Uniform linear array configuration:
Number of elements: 12
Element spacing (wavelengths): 0.75
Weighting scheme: blackman
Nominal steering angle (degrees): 45
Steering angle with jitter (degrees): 44.394
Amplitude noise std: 0.05
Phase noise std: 0.05

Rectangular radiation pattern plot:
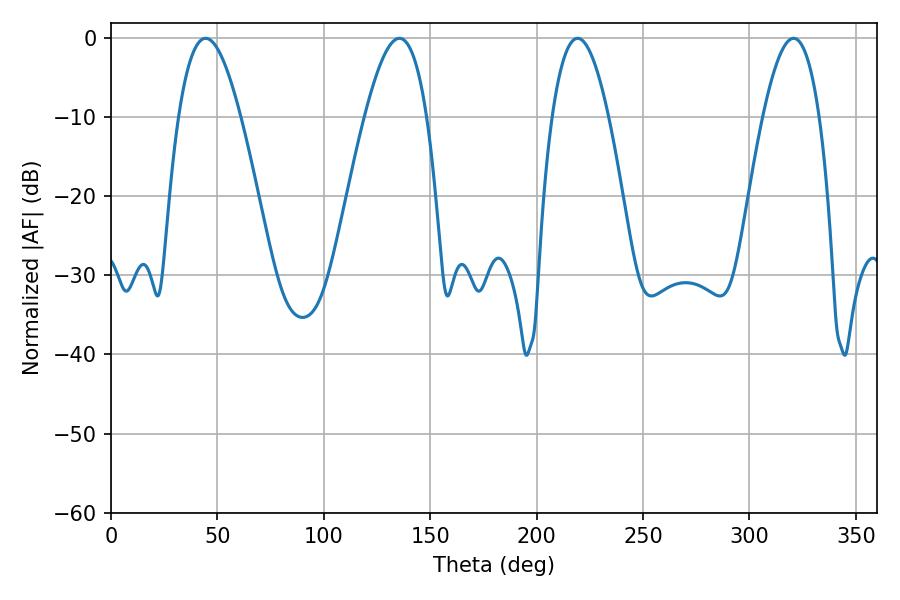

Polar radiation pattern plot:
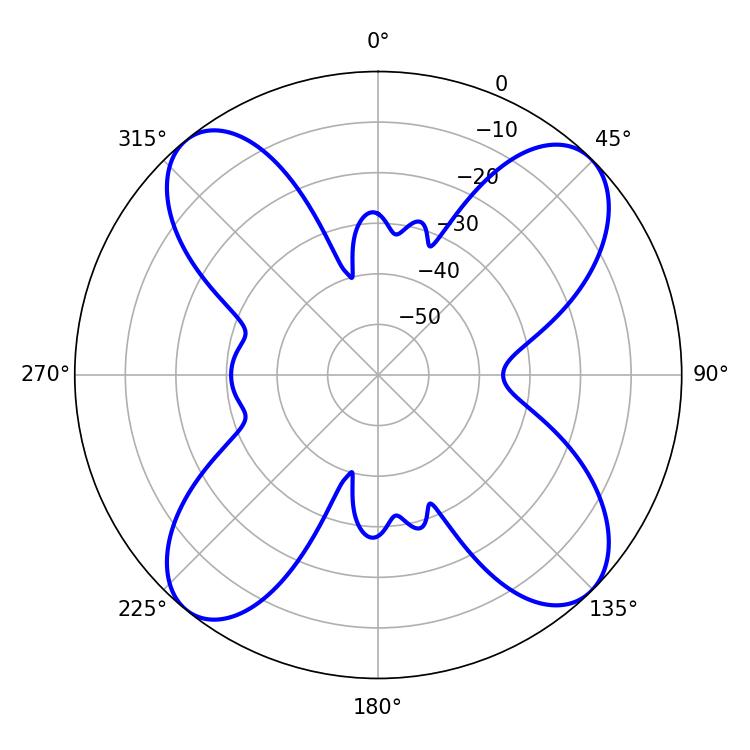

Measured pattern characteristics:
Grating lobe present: TRUE
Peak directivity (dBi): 14.22
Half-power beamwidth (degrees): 15.84
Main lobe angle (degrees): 44.46